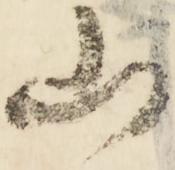
山